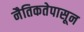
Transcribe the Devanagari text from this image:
नैतिकतेपासून